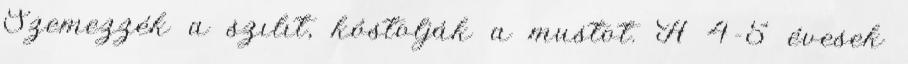
Szemezzék a szılıt, kóstolják a mustot. A 4-5 évesek